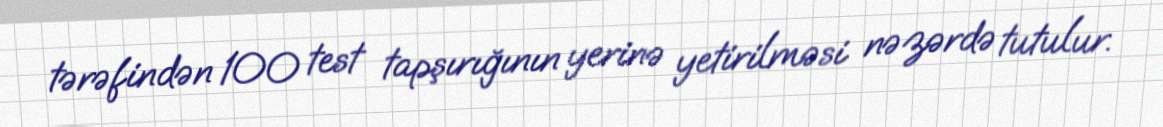
tərəfindən 100 test tapşırığının yerinə yetirilməsi nəzərdə tutulur.